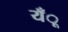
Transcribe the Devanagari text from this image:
यँू